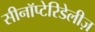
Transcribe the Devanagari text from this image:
सीनॉप्टेरिडेलीज़